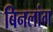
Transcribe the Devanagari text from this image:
बिनलांग